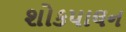
શોકપાલન